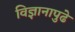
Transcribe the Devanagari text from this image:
विज्ञानापुढे